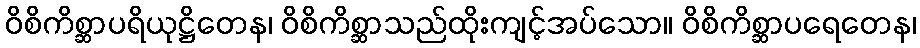
ဝိစိကိစ္ဆာပရိယုဋ္ဌိတေန၊ ဝိစိကိစ္ဆာသည်ထိုးကျင့်အပ်သော။ ဝိစိကိစ္ဆာပရေတေန၊